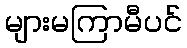
များမကြာမီပင်